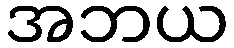
အဘယ